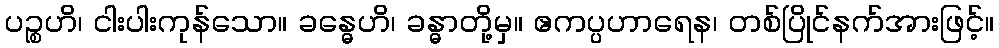
ပဉ္စဟိ၊ ငါးပါးကုန်သော။ ခန္ဓေဟိ၊ ခန္ဓာတို့မှ။ ဧကပ္ပဟာရေန၊ တစ်ပြိုင်နက်အားဖြင့်။